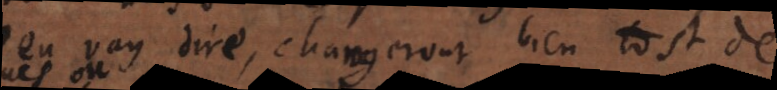
m’en vay dire, changeront bien tost de